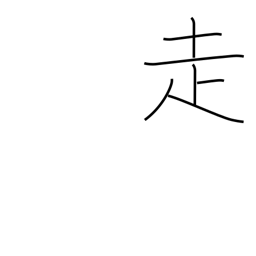
Meaning: run